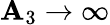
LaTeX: \mathbf{A}_{3}\rightarrow\infty